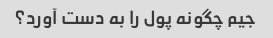
جیم چگونه پول را به دست آورد؟